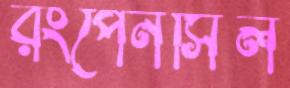
রংপেনসিল